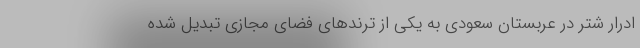
ادرار شتر در عربستان سعودی به یکی از ترندهای فضای مجازی تبدیل شده